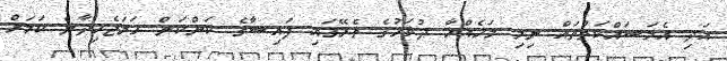
އަދި އެމަސައްކަތްތައް ނިމި މަހެއްހާ ދުވަހުގެ ތެރޭގައި ފައިސާގެ ކަންކަން ހަމަޖެހިދާނެ ކަމަށް